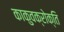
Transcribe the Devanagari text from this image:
काकुवक्रोक्ति